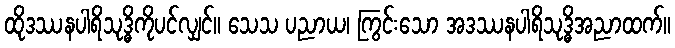
ထိုဒဿနပါရိသုဒ္ဓိကိုပင်လျှင်။ သေသ ပညာယ၊ ကြွင်းသော အဒဿနပါရိသုဒ္ဓိအညာထက်။